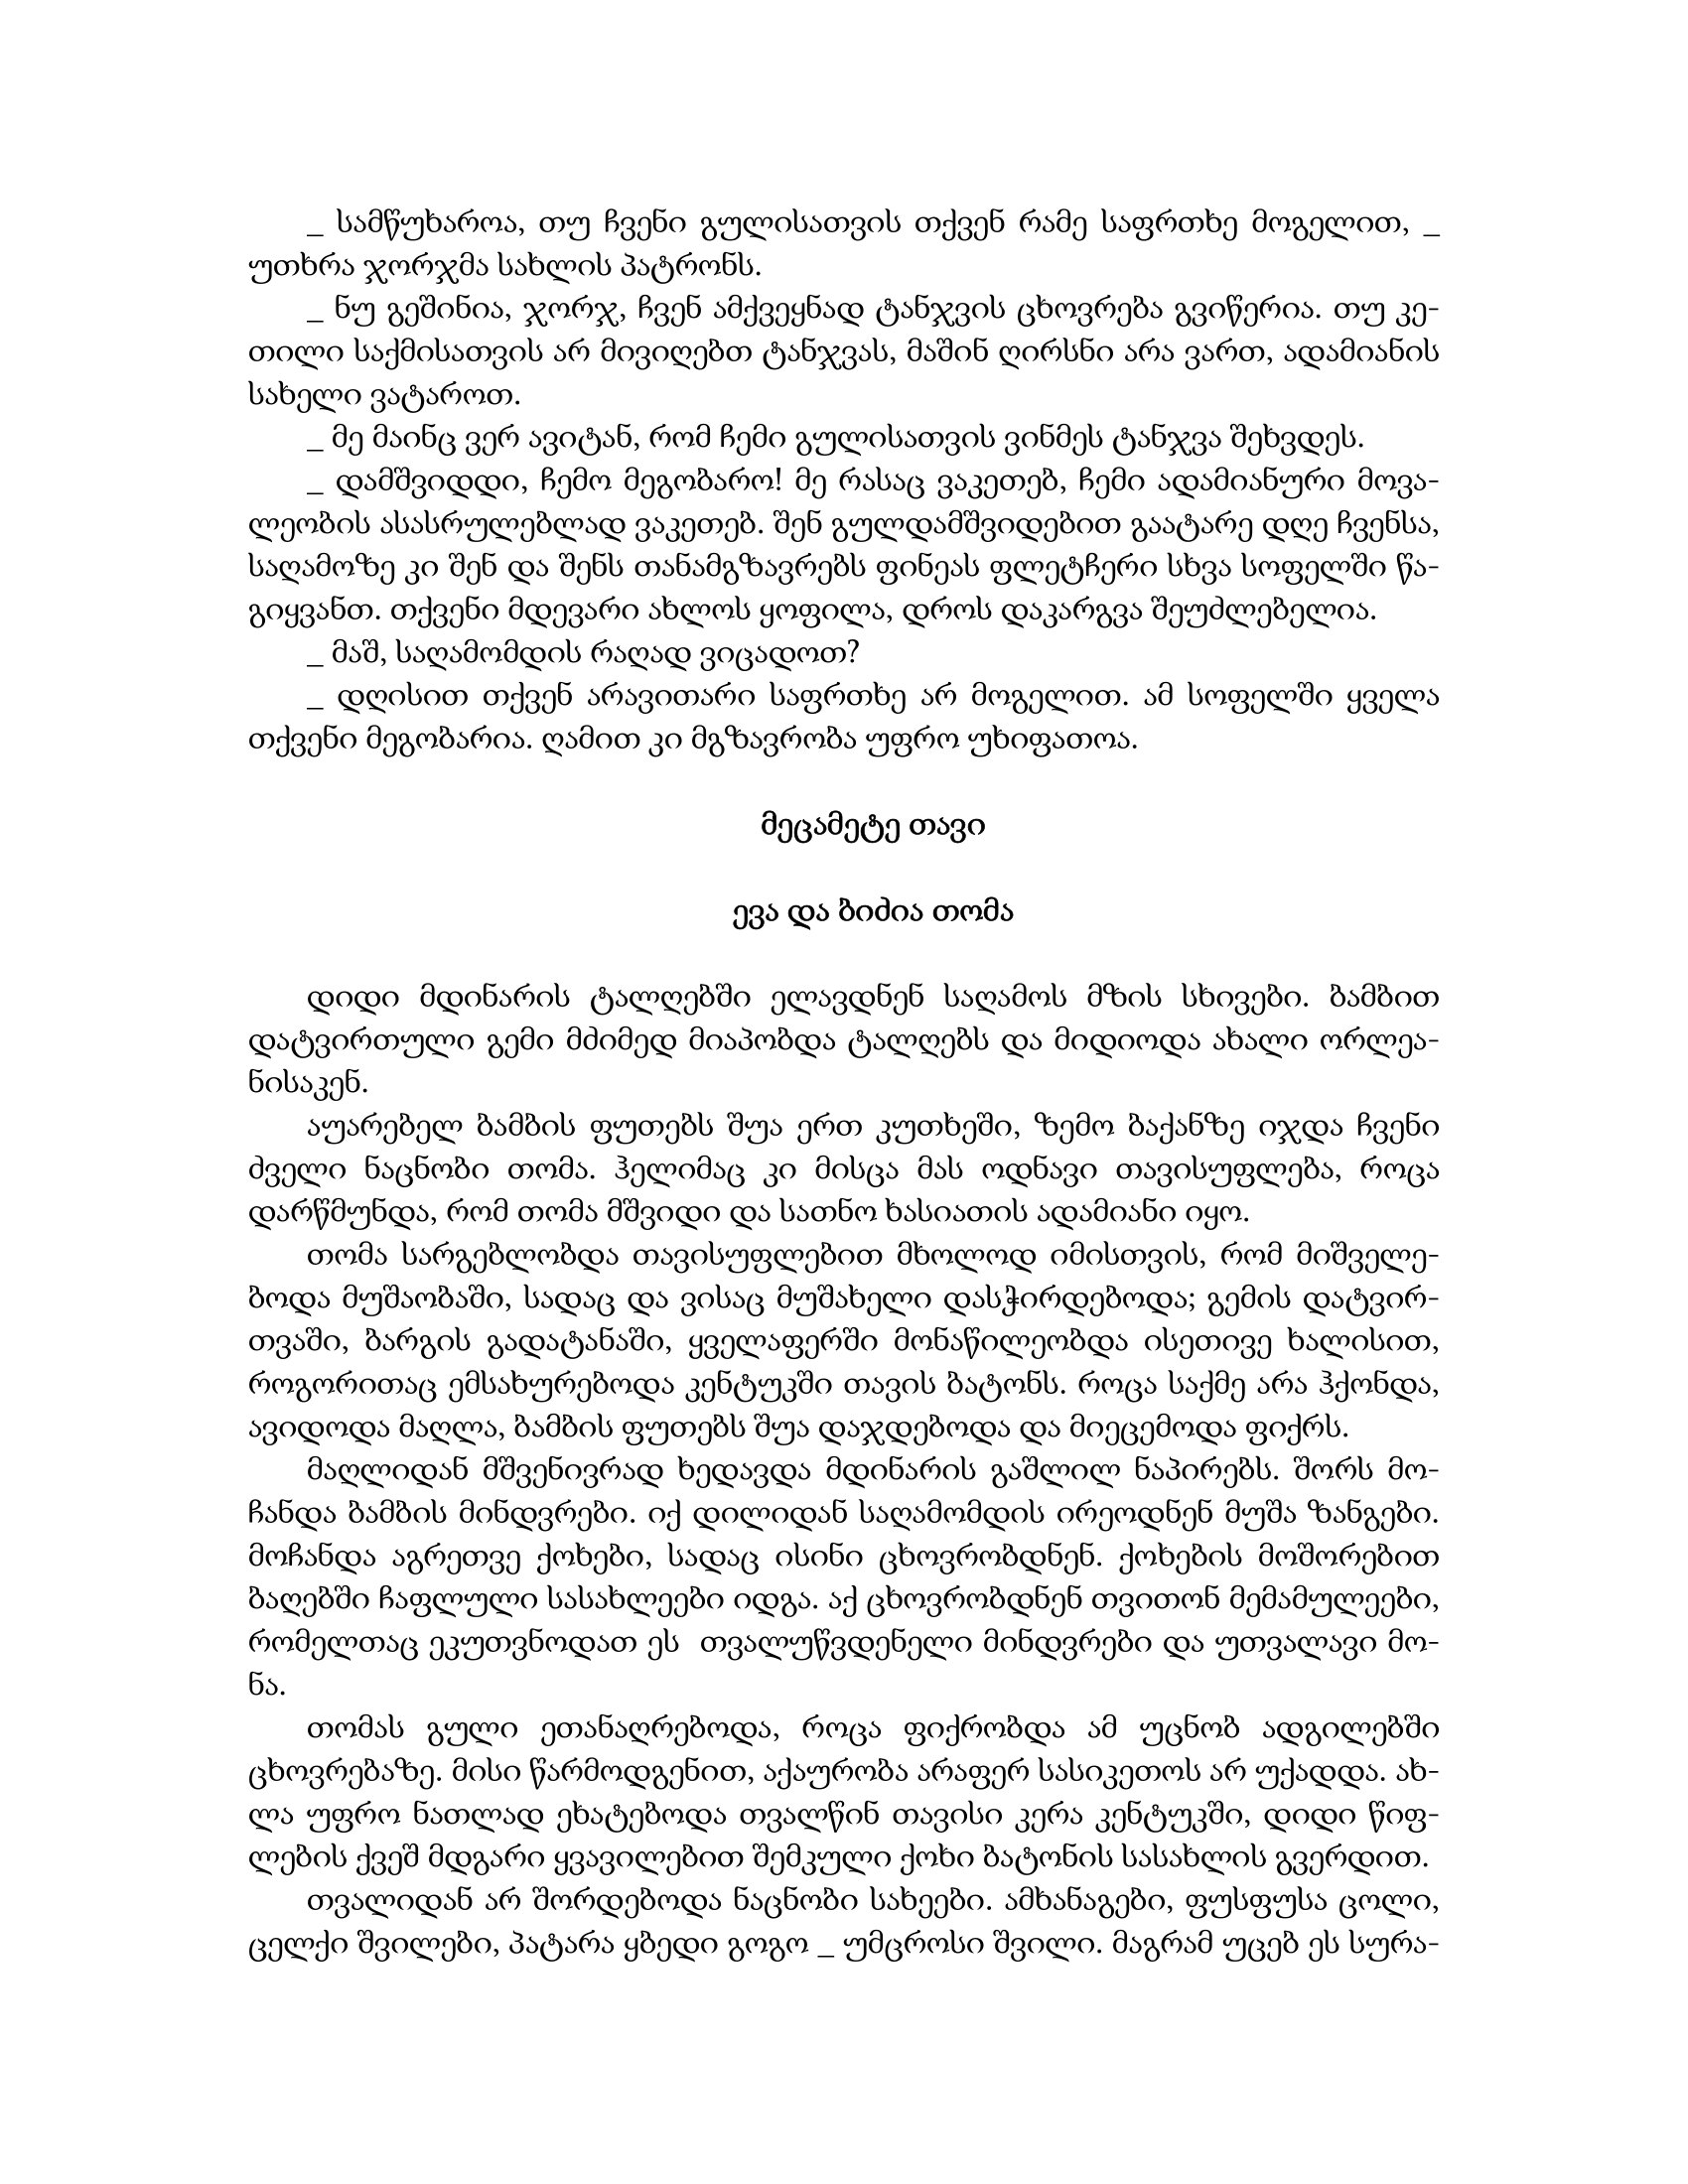
Language: gr